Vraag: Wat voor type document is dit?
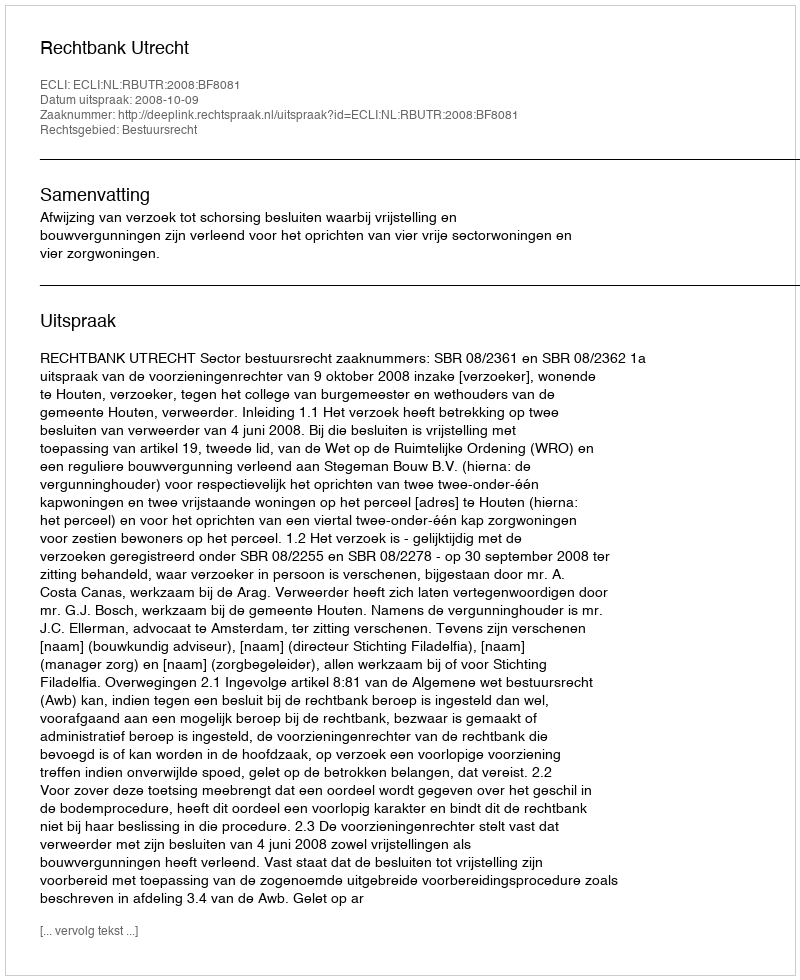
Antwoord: Uitspraak